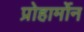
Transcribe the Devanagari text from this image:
प्रोहार्मोन